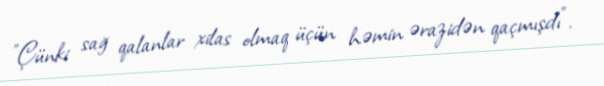
"Çünki sağ qalanlar xilas olmaq üçün həmin ərazidən qaçmışdı".